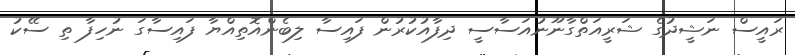
ރައީސް ނަޝީދުގެ ޝަރީއަތްގާނޫނުއަސާސީ ދިފާއުކުރުން ފައިސާ ލިބެންއޮތިއްޔާ ފައިސާގަ ނުހިފާ ތި ސޭކު